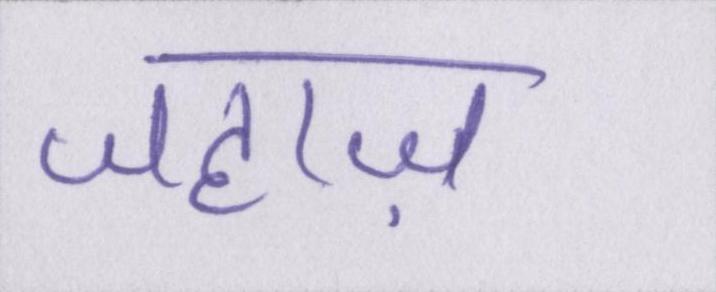
जहाज़